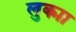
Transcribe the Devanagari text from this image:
लुक्मा